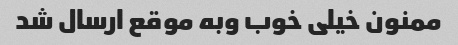
ممنون خیلی خوب وبه موقع ارسال شد